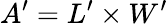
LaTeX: A^{\prime}=L^{\prime}\times W^{\prime}